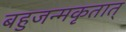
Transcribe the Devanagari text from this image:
बहुजन्मकृतात्